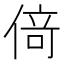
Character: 𠋣